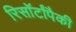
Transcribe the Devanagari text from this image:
रिसॉर्टांपैकी